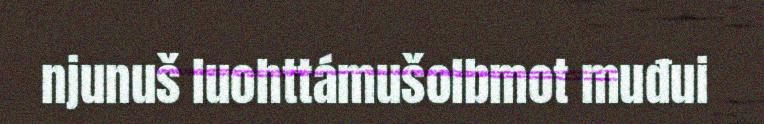
njunuš luohttámušolbmot muđui